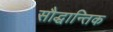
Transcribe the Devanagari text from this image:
सौद्धान्तिक